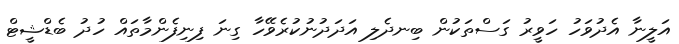
އަލީނާ އެދުވަހު ހަވީރު ގަސްތަކުން ބިނދެލި އަދަދުނުކުރެވޭހާ ގިނަ ފިނިފެންމާތައް ހުދު ބެޑްޝީޓް